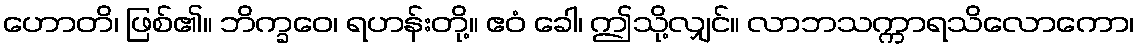
ဟောတိ၊ ဖြစ်၏။ ဘိက္ခဝေ၊ ရဟန်းတို့။ ဧဝံ ခေါ၊ ဤသို့လျှင်။ လာဘသက္ကာရသိလောကော၊